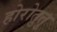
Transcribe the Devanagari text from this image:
होरोतुतु